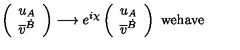
\left( \begin{array} { l } { u _ { A } } \\ { \overline { { v } } ^ { \dot { B } } } \\ \end{array} \right) \longrightarrow e ^ { i \chi } \left( \begin{array} { l } { u _ { A } } \\ { \overline { { v } } ^ { \dot { B } } } \\ \end{array} \right) \ \mathrm { w e h a v e }